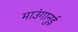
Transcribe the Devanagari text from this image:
माउंगानुई